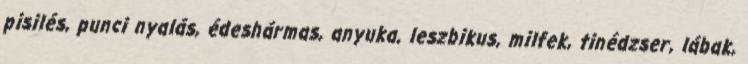
pisilés, punci nyalás, édeshármas, anyuka, leszbikus, milfek, tinédzser, lábak,